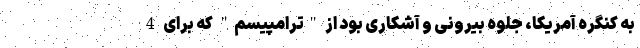
به کنگره آمریکا، جلوه بیرونی و آشکاری بود از "ترامپیسم" که برای 4